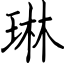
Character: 琳